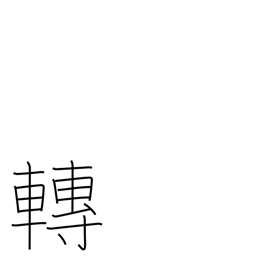
Meaning: move